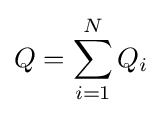
Q=\sum _{i=1}^{N}Q_{i}